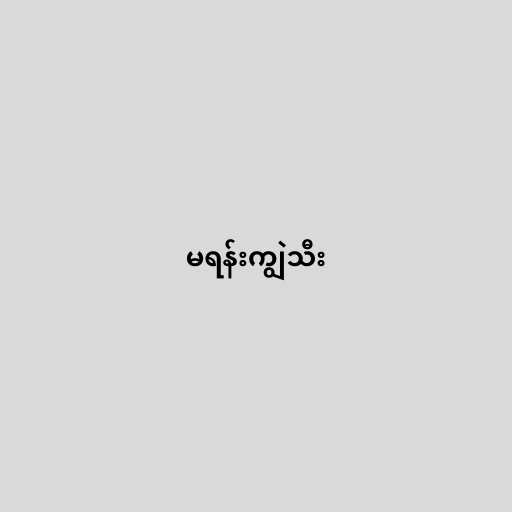
မရန်းကျွဲသီး